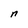
Character: n